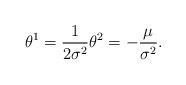
LaTeX: \begin{align*}\theta^1 = \frac{1}{2\sigma^2} \theta^2 = - \frac{\mu}{\sigma^2}.\end{align*}